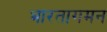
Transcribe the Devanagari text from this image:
भारतागमन